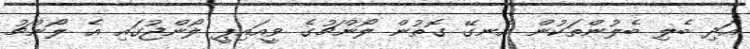
އަދި ބެލި ބެލުންތަކުން އެނގޭ ގޮތުން ލޯންޗުގެ ވީއައިޕީ ލޯންޖުގައި އެ ލޯންޗު